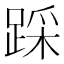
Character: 踩